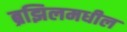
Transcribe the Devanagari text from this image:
ब्रझिलमधील